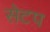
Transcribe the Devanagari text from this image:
सेटप